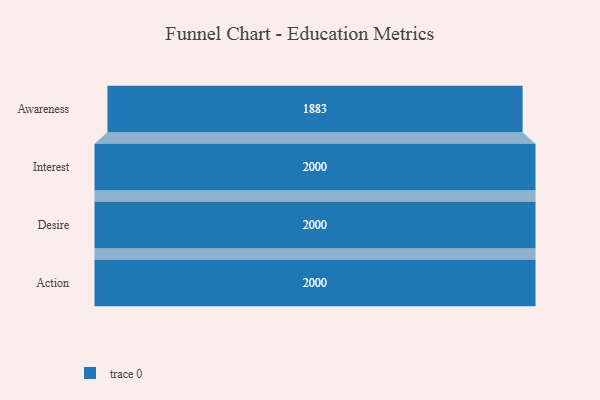
{"axis": {"x": "Stage", "y": "Value"}, "legend": [""], "data": [{"x": "Awareness", "y": 1883.0, "type": ""}, {"x": "Interest", "y": 2000, "type": ""}, {"x": "Desire", "y": 2000, "type": ""}, {"x": "Action", "y": 2000, "type": ""}]}